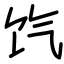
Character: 饩